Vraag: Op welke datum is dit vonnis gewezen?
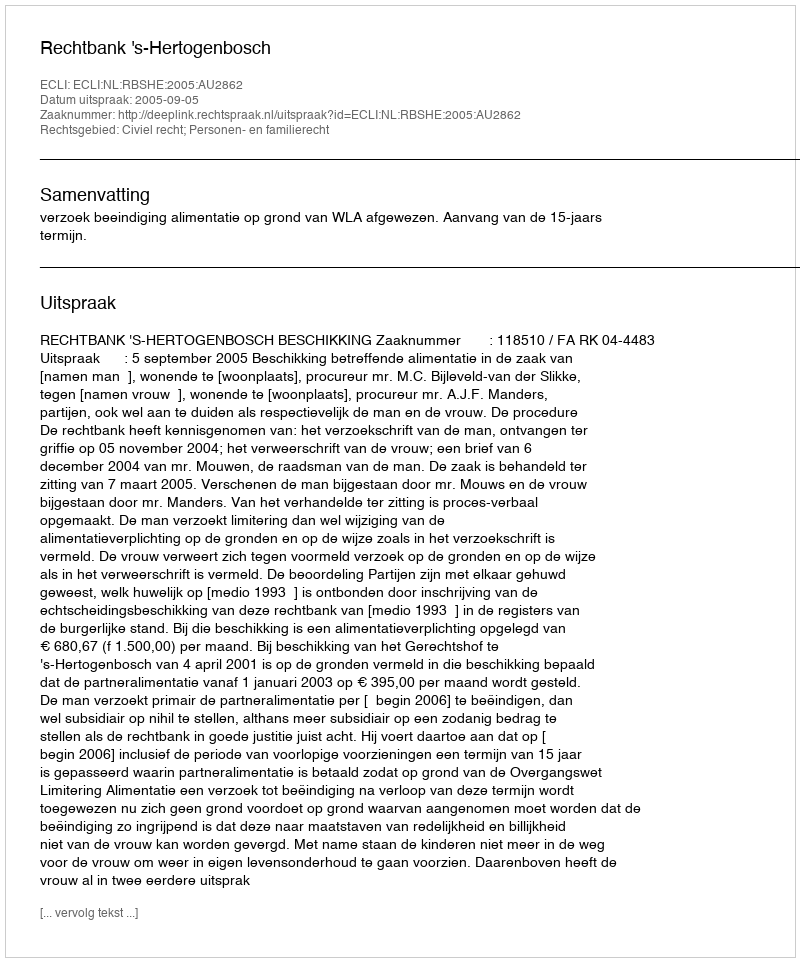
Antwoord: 2005-09-05